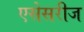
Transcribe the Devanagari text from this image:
एसेसरीज